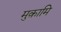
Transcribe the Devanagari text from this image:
मुक़ामि